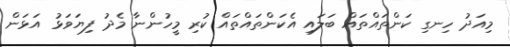
މިއަދު ހިނގި ކަންތައްތައް ބަލައި އެކަންތައްތައް ކުރި މީހުންނާ މެދު ފިޔަވަޅު އަޅަން